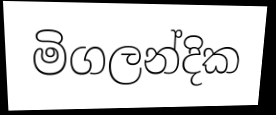
මිගලන්දික